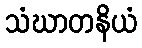
သံဃာတနိယံ